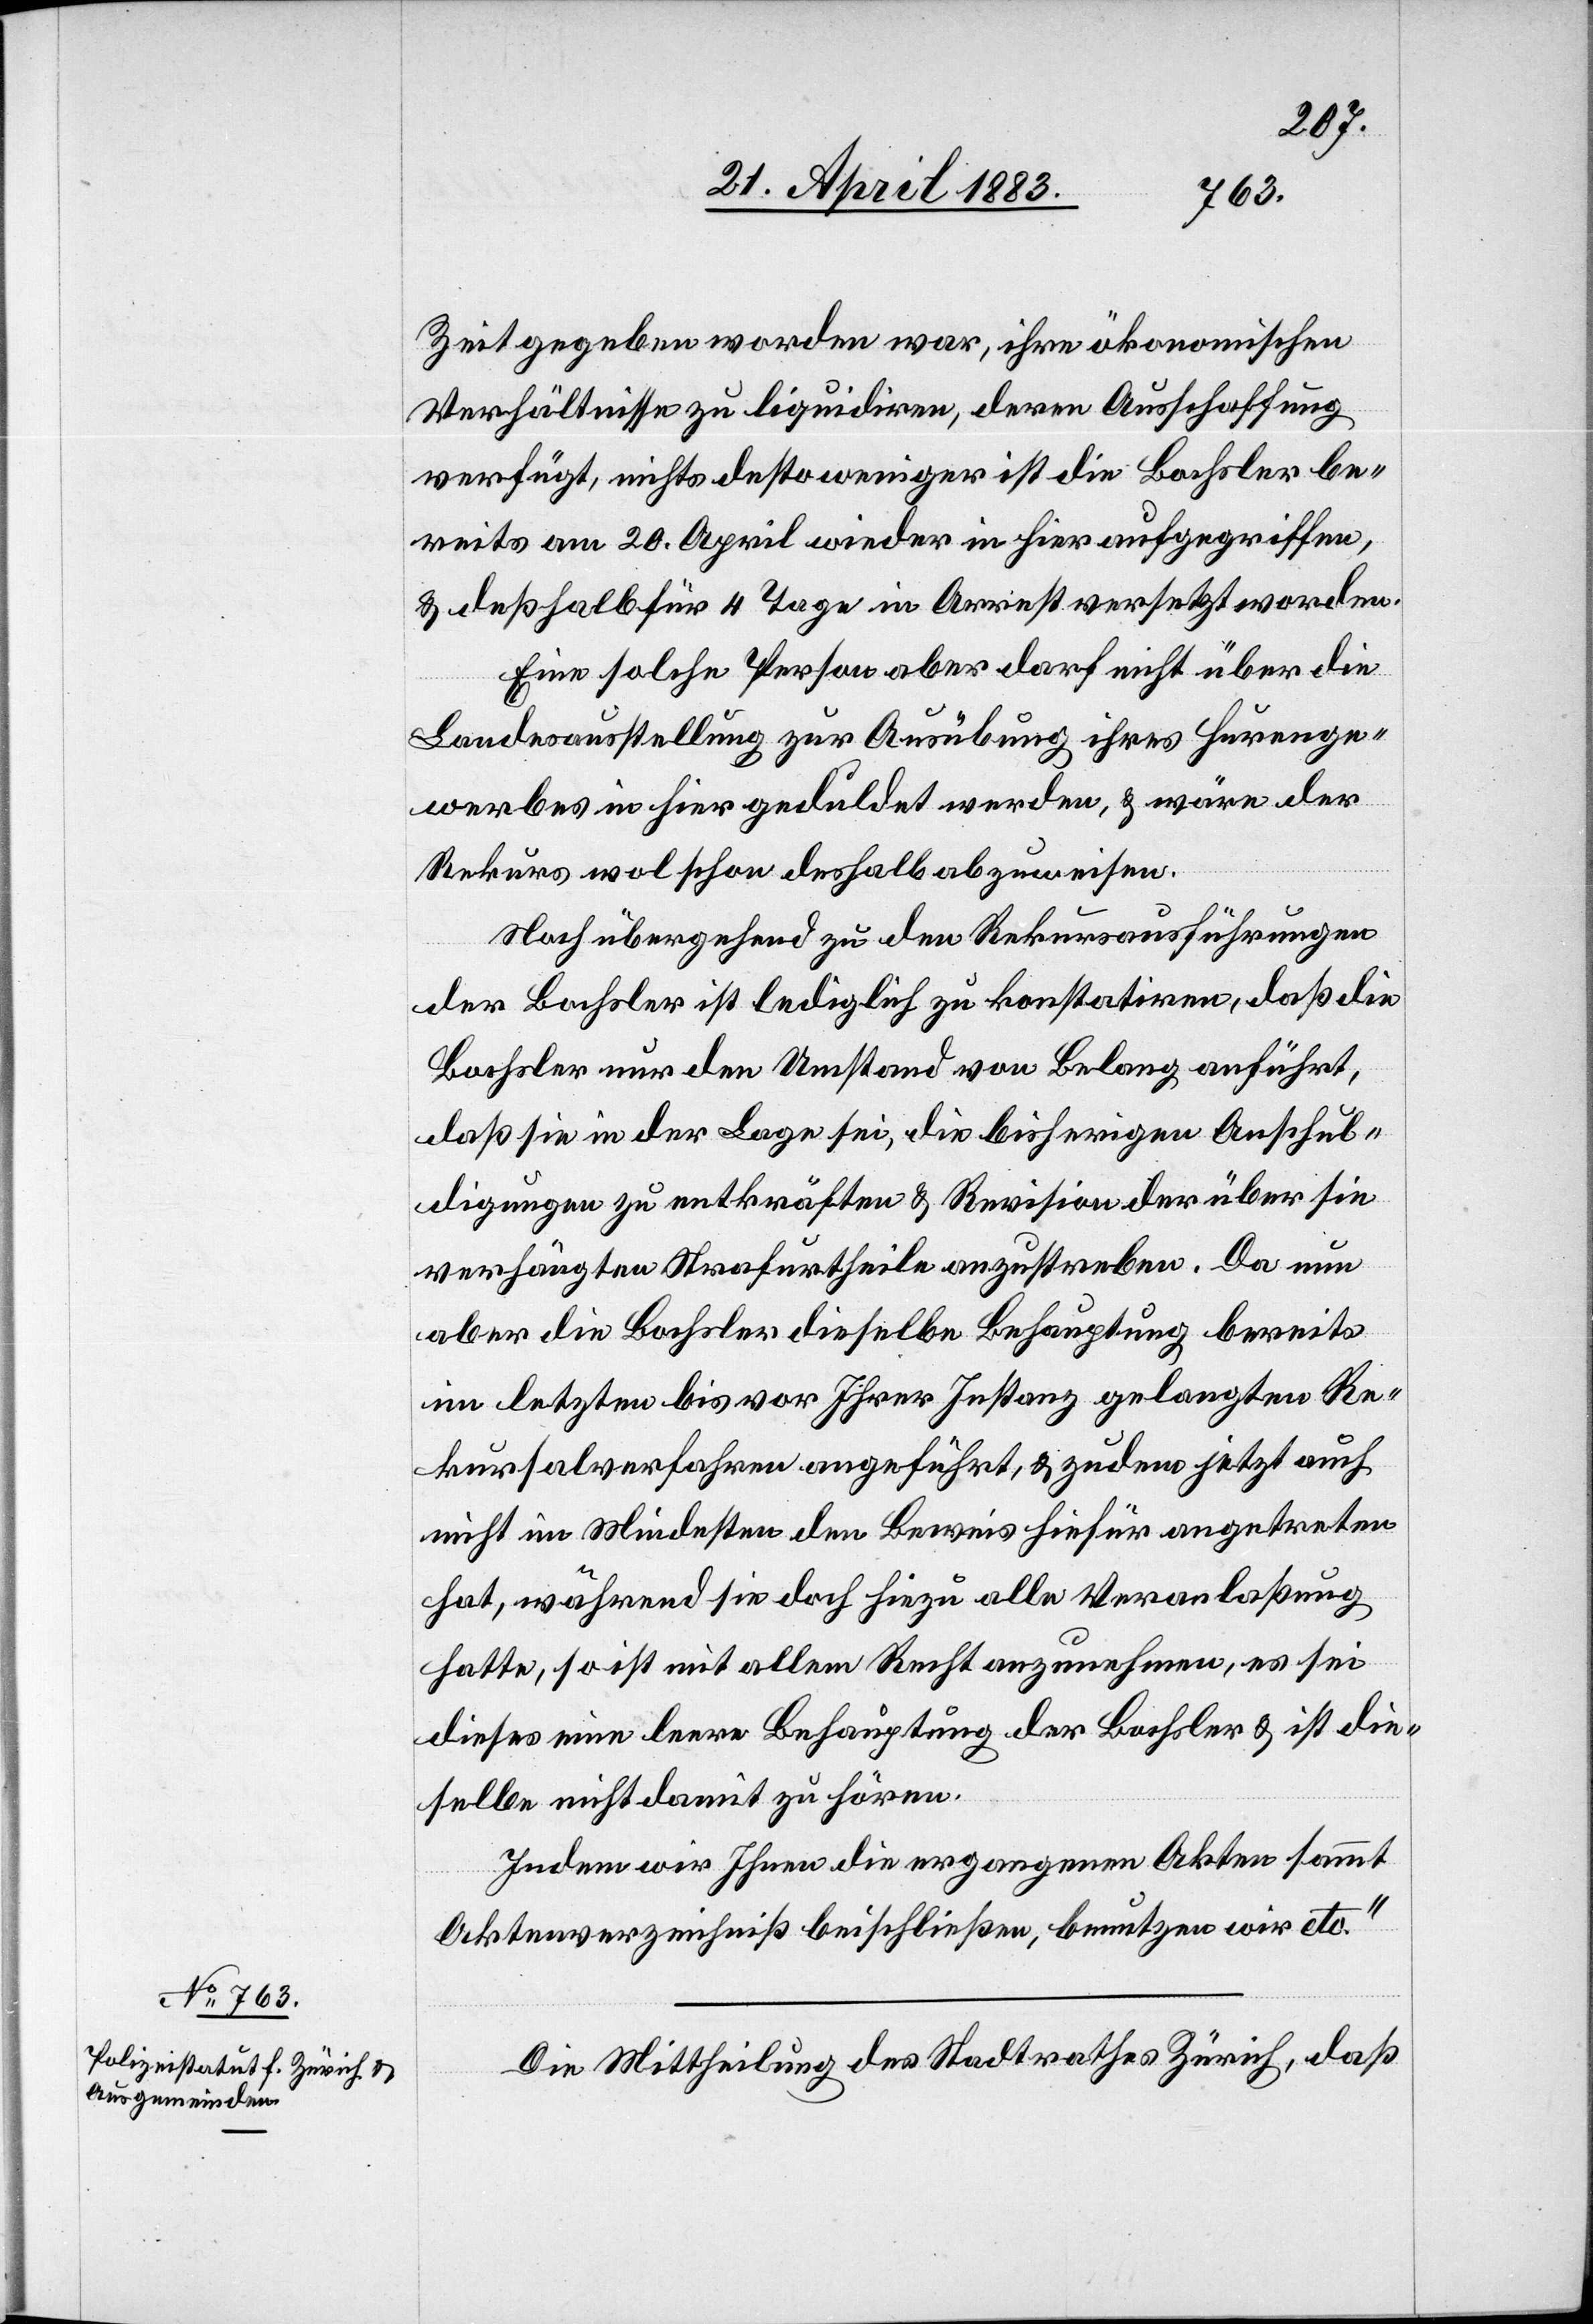
24. April 1883.]
Zeit gegeben worden war, ihre ökonomischen
Verhältnisse zu liquidiren, deren Ausschaffung
verfügt, nichts desto weniger ist die Bochsler be¬
reits am 20. April wieder in hier aufgegriffen,
& deßhalb für 4 Tage in Arrest versetzt worden.
Eine solche Person aber darf nicht über die
Landesausstellung zur Ausübung ihres Hurenge¬
werbes in hier geduldet werden, & wäre der
Rekurs wol schon deßhalb abzuweisen.
Noch übergehend zu den Rekursausführungen
der Bochsler ist lediglich zu konstatiren, daß die
Bochsler nur den Umstand von Belang anführt,
daß sie in der Lage sei, die bisherigen Anschul¬
digungen zu entkräften & Revision der über sie
verhängten Strafurtheile anzustreben. Da nun
aber die Bochsler dieselbe Behauptung bereits
im letzten bis vor Ihrer Instanz gelangten Re¬
kursalverfahren angeführt, & zudem jetzt auch
nicht im Mindesten den Beweis hiefür angetreten
hat, während sie doch hiezu alle Veranlaßung
hatte, so ist mit allem Recht anzunehmen, es sei
dieses eine leere Behauptung der Bochsler & ist die¬
selbe nicht damit zu hören.
Indem wir Ihnen die ergangenen Akten sammt
Aktenverzeichniß beischließen, benutzen wir etc.“
Die Mittheilung des Stadtrathes Zürich, daß